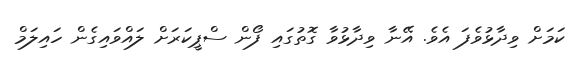
ކަމަށް ވިދާޅުވެފަ އެވެ. އޭނާ ވިދާޅުވާ ގޮތުގައި ފޯން ސްޕީކަރަށް ލައްވައިގެން ހައިލަމް